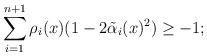
LaTeX: \begin{align*}\sum_{i=1}^{n+1}\rho_i(x)(1-2\tilde{\alpha}_i(x)^2)&\geq -1;\end{align*}